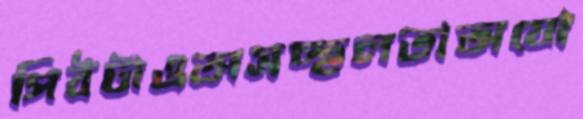
পিঠটাওঅসচ্ছলতাঅযো